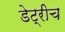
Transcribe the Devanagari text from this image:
डेट्रीच